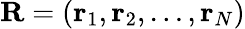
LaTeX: \mathbf{R}=(\mathbf{r}_{1},\mathbf{r}_{2},\ldots,\mathbf{r}_{N})